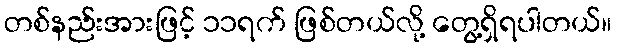
တစ်နည်းအားဖြင့် ၁၁ရက် ဖြစ်တယ်လို့ တွေ့ရှိရပါတယ်။